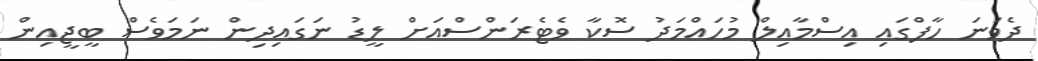
ދެވަނަ ހާފްގައި އިސްމާއިލް މުހައްމަދު ސޮކާ ވެޓެރަންސްއަށް ލީޑު ނަގައިދިން ނަމަވެސް ބީޖީއިން